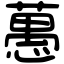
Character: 𦽳